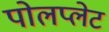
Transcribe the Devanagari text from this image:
पोलप्लेट